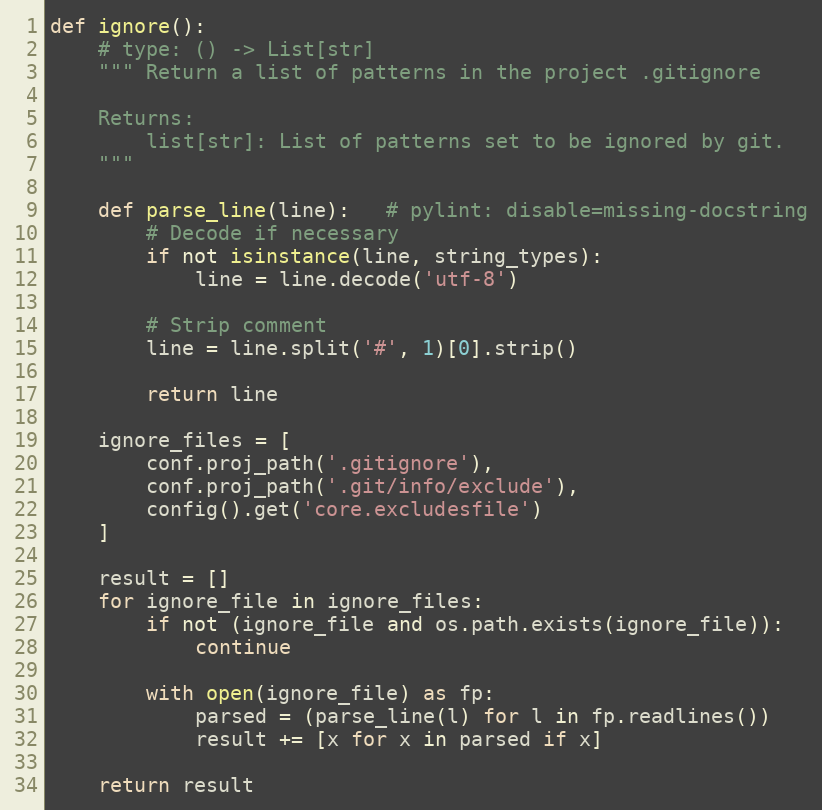
Language: Python
def ignore():
    # type: () -> List[str]
    """ Return a list of patterns in the project .gitignore

    Returns:
        list[str]: List of patterns set to be ignored by git.
    """

    def parse_line(line):   # pylint: disable=missing-docstring
        # Decode if necessary
        if not isinstance(line, string_types):
            line = line.decode('utf-8')

        # Strip comment
        line = line.split('#', 1)[0].strip()

        return line

    ignore_files = [
        conf.proj_path('.gitignore'),
        conf.proj_path('.git/info/exclude'),
        config().get('core.excludesfile')
    ]

    result = []
    for ignore_file in ignore_files:
        if not (ignore_file and os.path.exists(ignore_file)):
            continue

        with open(ignore_file) as fp:
            parsed = (parse_line(l) for l in fp.readlines())
            result += [x for x in parsed if x]

    return result